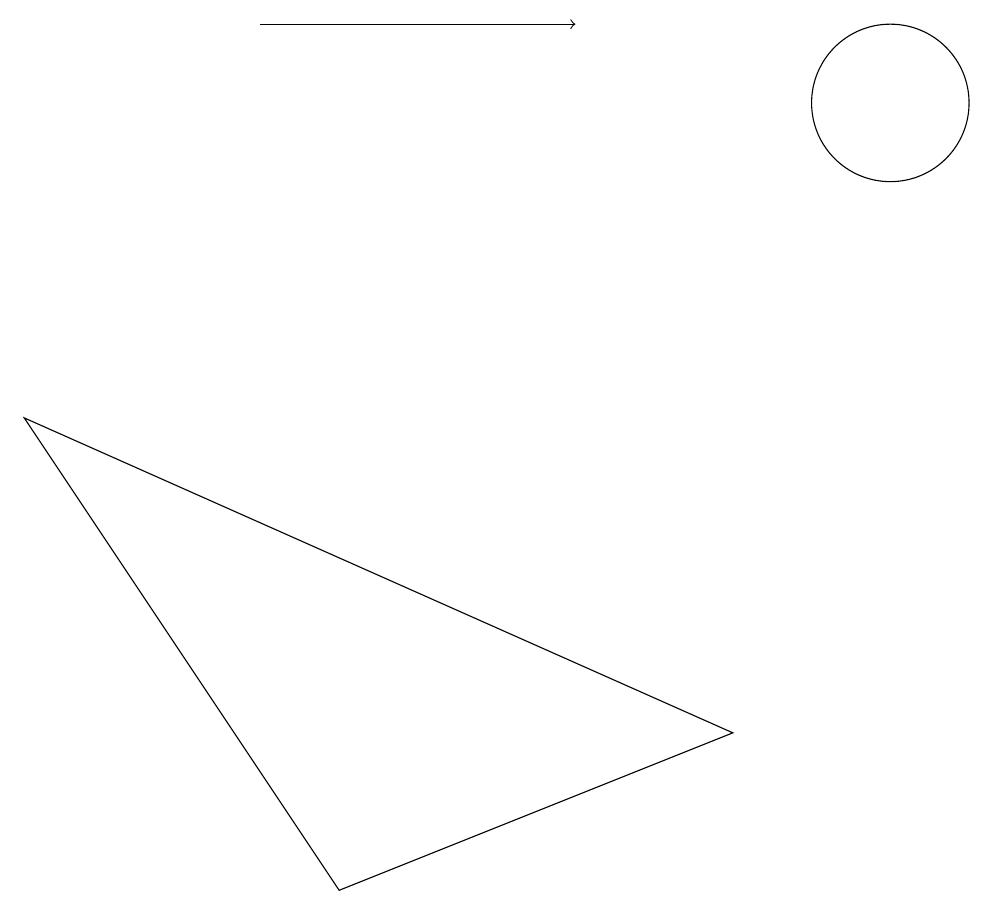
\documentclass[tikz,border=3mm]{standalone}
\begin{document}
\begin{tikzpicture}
\draw (12,11) circle (0);
\draw (0,6) -- (4,0) -- (9,2) -- cycle;
\draw[->] (3,11) -- (7,11);
\draw (11,10) circle (1);
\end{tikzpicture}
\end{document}